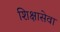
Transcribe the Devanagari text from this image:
शिक्षासेवा